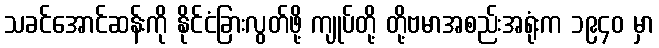
သခင်အောင်ဆန်းကို နိုင်ငံခြားလွတ်ဖို့ ကျုပ်တို့ တို့ဗမာအစည်းအရုံးက ၁၉၄၀ မှာ